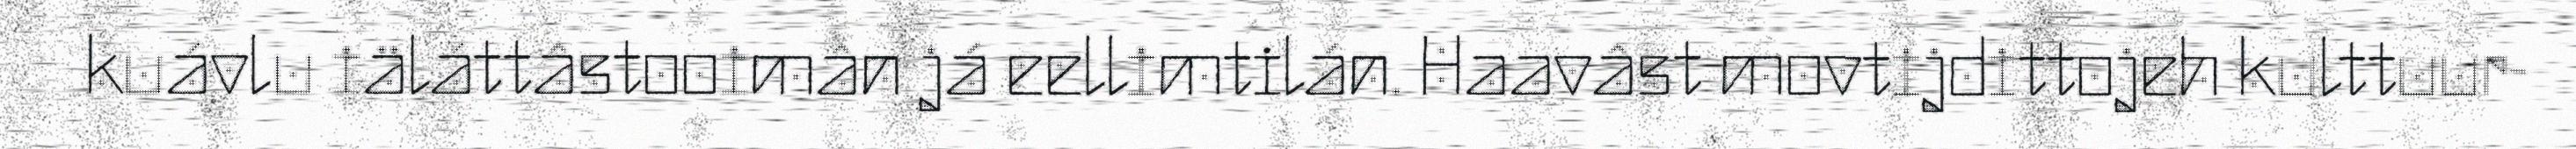
kuávlu iäláttâstooimân já eellimtilán. Haavâst movtijdittojeh kulttuur-